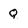
Character: Q